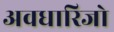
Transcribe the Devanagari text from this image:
अवधारिजो